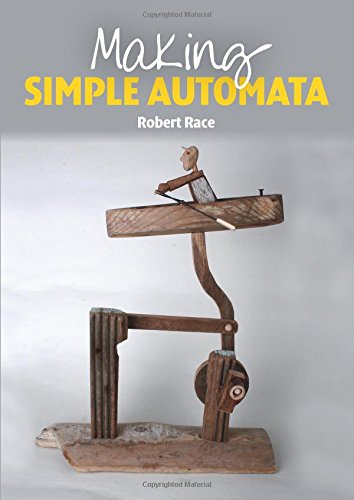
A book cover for Making Simple Automata; Robert Race; Crafts, Hobbies & Home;